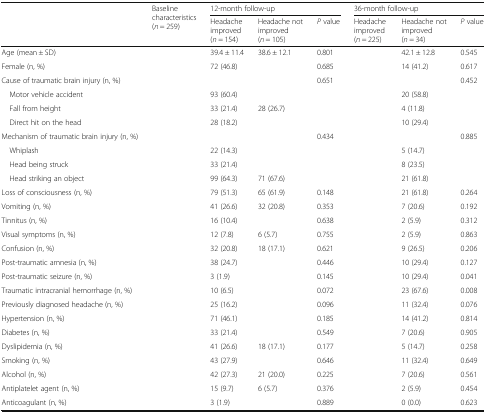
<table><thead><tr><td rowspan="2">[EMPTY_CELL]</td><td rowspan="2"><b>Baseline characteristics (<i>n</i> = 259)</b></td><td colspan="3"><b>12-month follow-up</b></td><td colspan="3"><b>36-month follow-up</b></td></tr><tr><td><b>Headache improved (<i>n</i> = 154)</b></td><td><b>Headache not improved (<i>n</i> = 105)</b></td><td><b><i>P</i> value</b></td><td><b>Headache improved (<i>n</i> = 225)</b></td><td><b>Headache not improved (<i>n</i> = 34)</b></td><td><b><i>P</i> value</b></td></tr></thead><tbody><tr><td>Age (mean ± SD)</td><td>[EMPTY_CELL]</td><td>39.4 ± 11.4</td><td>38.6 ± 12.1</td><td>0.801</td><td>[EMPTY_CELL]</td><td>42.1 ± 12.8</td><td>0.545</td></tr><tr><td>Female (n, %)</td><td>[EMPTY_CELL]</td><td>72 (46.8)</td><td>[EMPTY_CELL]</td><td>0.685</td><td>[EMPTY_CELL]</td><td>14 (41.2)</td><td>0.617</td></tr><tr><td>Cause of traumatic brain injury (n, %)</td><td>[EMPTY_CELL]</td><td>[EMPTY_CELL]</td><td>[EMPTY_CELL]</td><td>0.651</td><td>[EMPTY_CELL]</td><td>[EMPTY_CELL]</td><td>0.452</td></tr><tr><td> Motor vehicle accident</td><td>[EMPTY_CELL]</td><td>93 (60.4)</td><td>[EMPTY_CELL]</td><td>[EMPTY_CELL]</td><td>[EMPTY_CELL]</td><td>20 (58.8)</td><td>[EMPTY_CELL]</td></tr><tr><td> Fall from height</td><td>[EMPTY_CELL]</td><td>33 (21.4)</td><td>28 (26.7)</td><td>[EMPTY_CELL]</td><td>[EMPTY_CELL]</td><td>4 (11.8)</td><td>[EMPTY_CELL]</td></tr><tr><td> Direct hit on the head</td><td>[EMPTY_CELL]</td><td>28 (18.2)</td><td>[EMPTY_CELL]</td><td>[EMPTY_CELL]</td><td>[EMPTY_CELL]</td><td>10 (29.4)</td><td>[EMPTY_CELL]</td></tr><tr><td>Mechanism of traumatic brain injury (n, %)</td><td>[EMPTY_CELL]</td><td>[EMPTY_CELL]</td><td>[EMPTY_CELL]</td><td>0.434</td><td>[EMPTY_CELL]</td><td>[EMPTY_CELL]</td><td>0.885</td></tr><tr><td> Whiplash</td><td>[EMPTY_CELL]</td><td>22 (14.3)</td><td>[EMPTY_CELL]</td><td>[EMPTY_CELL]</td><td>[EMPTY_CELL]</td><td>5 (14.7)</td><td>[EMPTY_CELL]</td></tr><tr><td> Head being struck</td><td>[EMPTY_CELL]</td><td>33 (21.4)</td><td>[EMPTY_CELL]</td><td>[EMPTY_CELL]</td><td>[EMPTY_CELL]</td><td>8 (23.5)</td><td>[EMPTY_CELL]</td></tr><tr><td> Head striking an object</td><td>[EMPTY_CELL]</td><td>99 (64.3)</td><td>71 (67.6)</td><td>[EMPTY_CELL]</td><td>[EMPTY_CELL]</td><td>21 (61.8)</td><td>[EMPTY_CELL]</td></tr><tr><td>Loss of consciousness (n, %)</td><td>[EMPTY_CELL]</td><td>79 (51.3)</td><td>65 (61.9)</td><td>0.148</td><td>[EMPTY_CELL]</td><td>21 (61.8)</td><td>0.264</td></tr><tr><td>Vomiting (n, %)</td><td>[EMPTY_CELL]</td><td>41 (26.6)</td><td>32 (20.8)</td><td>0.353</td><td>[EMPTY_CELL]</td><td>7 (20.6)</td><td>0.192</td></tr><tr><td>Tinnitus (n, %)</td><td>[EMPTY_CELL]</td><td>16 (10.4)</td><td>[EMPTY_CELL]</td><td>0.638</td><td>[EMPTY_CELL]</td><td>2 (5.9)</td><td>0.312</td></tr><tr><td>Visual symptoms (n, %)</td><td>[EMPTY_CELL]</td><td>12 (7.8)</td><td>6 (5.7)</td><td>0.755</td><td>[EMPTY_CELL]</td><td>2 (5.9)</td><td>0.863</td></tr><tr><td>Confusion (n, %)</td><td>[EMPTY_CELL]</td><td>32 (20.8)</td><td>18 (17.1)</td><td>0.621</td><td>[EMPTY_CELL]</td><td>9 (26.5)</td><td>0.206</td></tr><tr><td>Post-traumatic amnesia (n, %)</td><td>[EMPTY_CELL]</td><td>38 (24.7)</td><td>[EMPTY_CELL]</td><td>0.446</td><td>[EMPTY_CELL]</td><td>10 (29.4)</td><td>0.127</td></tr><tr><td>Post-traumatic seizure (n, %)</td><td>[EMPTY_CELL]</td><td>3 (1.9)</td><td>[EMPTY_CELL]</td><td>0.145</td><td>[EMPTY_CELL]</td><td>10 (29.4)</td><td>0.041</td></tr><tr><td>Traumatic intracranial hemorrhage (n, %)</td><td>[EMPTY_CELL]</td><td>10 (6.5)</td><td>[EMPTY_CELL]</td><td>0.072</td><td>[EMPTY_CELL]</td><td>23 (67.6)</td><td>0.008</td></tr><tr><td>Previously diagnosed headache (n, %)</td><td>[EMPTY_CELL]</td><td>25 (16.2)</td><td>[EMPTY_CELL]</td><td>0.096</td><td>[EMPTY_CELL]</td><td>11 (32.4)</td><td>0.076</td></tr><tr><td>Hypertension (n, %)</td><td>[EMPTY_CELL]</td><td>71 (46.1)</td><td>[EMPTY_CELL]</td><td>0.185</td><td>[EMPTY_CELL]</td><td>14 (41.2)</td><td>0.814</td></tr><tr><td>Diabetes (n, %)</td><td>[EMPTY_CELL]</td><td>33 (21.4)</td><td>[EMPTY_CELL]</td><td>0.549</td><td>[EMPTY_CELL]</td><td>7 (20.6)</td><td>0.905</td></tr><tr><td>Dyslipidemia (n, %)</td><td>[EMPTY_CELL]</td><td>41 (26.6)</td><td>18 (17.1)</td><td>0.177</td><td>[EMPTY_CELL]</td><td>5 (14.7)</td><td>0.258</td></tr><tr><td>Smoking (n, %)</td><td>[EMPTY_CELL]</td><td>43 (27.9)</td><td>[EMPTY_CELL]</td><td>0.646</td><td>[EMPTY_CELL]</td><td>11 (32.4)</td><td>0.649</td></tr><tr><td>Alcohol (n, %)</td><td>[EMPTY_CELL]</td><td>42 (27.3)</td><td>21 (20.0)</td><td>0.225</td><td>[EMPTY_CELL]</td><td>7 (20.6)</td><td>0.561</td></tr><tr><td>Antiplatelet agent (n, %)</td><td>[EMPTY_CELL]</td><td>15 (9.7)</td><td>6 (5.7)</td><td>0.376</td><td>[EMPTY_CELL]</td><td>2 (5.9)</td><td>0.454</td></tr><tr><td>Anticoagulant (n, %)</td><td>[EMPTY_CELL]</td><td>3 (1.9)</td><td>[EMPTY_CELL]</td><td>0.889</td><td>[EMPTY_CELL]</td><td>0 (0.0)</td><td>0.623</td></tr></tbody></table>